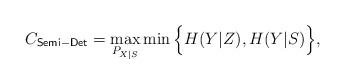
LaTeX: \begin{align*} C_\mathsf{Semi-Det}=\max_{P_{X|S}}\min\Big\{H(Y|Z),H(Y|S)\Big\},\end{align*}